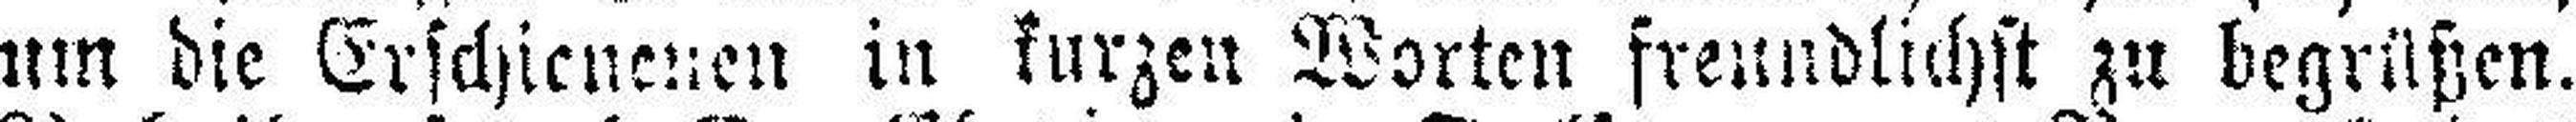
um die Erschienenen in kurzen Worten freundlichst zu begrüßen.